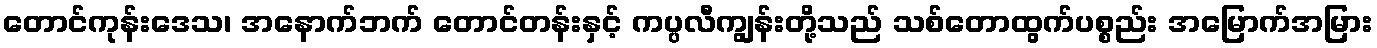
တောင်ကုန်းဒေသ၊ အနောက်ဘက် တောင်တန်းနှင့် ကပ္ပလီကျွန်းတို့သည် သစ်တောထွက်ပစ္စည်း အမြောက်အမြား